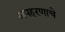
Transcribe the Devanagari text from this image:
अपहरणाचे